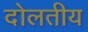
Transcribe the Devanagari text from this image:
दोलतीय